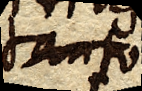
tanto